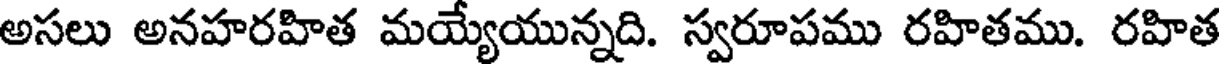
అసలు అనహరహిత మయ్యేయున్నది. స్వరూపము రహితము. రహిత